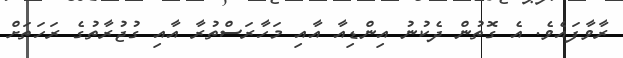
ރާވާފައެވެ. އެ ގޮތުން ދެކުނު އިންޑިއާ އާއި މަހާރަސްތުރާ އާއި ގުޖުރާތުގެ ރަހަތަށް